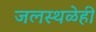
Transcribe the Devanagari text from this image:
जलस्थळेही